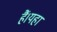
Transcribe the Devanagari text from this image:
हैं।यहां